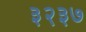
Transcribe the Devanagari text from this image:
३२३७